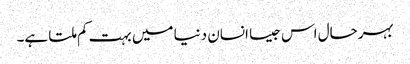
بہرحال اس جیسا انسان دنیا میں بہت کم ملتا ہے۔